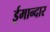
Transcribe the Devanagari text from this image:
ईमान्दार